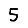
Digit: 5